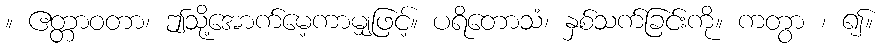
။ ဧတ္တာဝတာ၊ ဤသို့အောက်မေ့ကာမျှဖြင့်။ ပရိတောသံ၊ နှစ်သက်ခြင်းကို။ ကတွာ ၊ ၍။